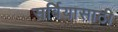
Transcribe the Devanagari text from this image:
सर्बियासाठी